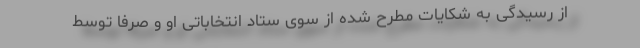
از رسیدگی به شکایات مطرح شده از سوی ستاد انتخاباتی او و صرفاً توسط